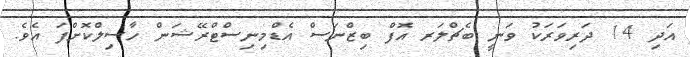
އަދި 14 ދަރިވަރަކު ވަނީ ބެޗްލަރ އޮފް ބިޒްނަސް އެޑްމިނިސްޓްރޭޝަން ހާސިލްކޮށްފަ އެވެ.